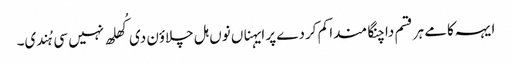
ایہہ کامے ہر قسم دا چنگا مندا کم کردے پر ایہناں نوں ہل چلاؤن دی کُھلھ نہیں سی ہُندی۔